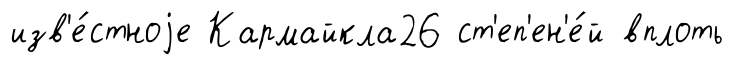
изв'е́стноjе Кармайкла26 ст'еп'ен'е́й вплоть